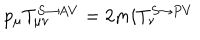
LaTeX: p _ { \mu } T _ { \mu \nu } ^ { S \rightarrow A V } = 2 m i T _ { \nu } ^ { S \rightarrow P V }